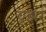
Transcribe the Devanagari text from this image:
यूझर